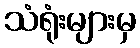
သံရုံးများမှ